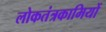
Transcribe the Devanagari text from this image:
लोकतंत्रकामियों